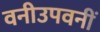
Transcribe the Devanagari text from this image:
वनीउपवनीं